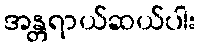
အန္တရာယ်ဆယ်ပါး